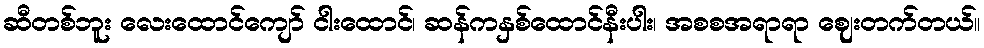
ဆီတစ်ဘူး လေးထောင်ကျော် ငါးထောင်၊ ဆန်ကနှစ်ထောင်နီးပါး၊ အစစအရာရာ ဈေးတက်တယ်။